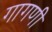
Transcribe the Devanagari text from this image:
गागणी